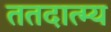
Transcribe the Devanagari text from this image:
ततदात्म्य